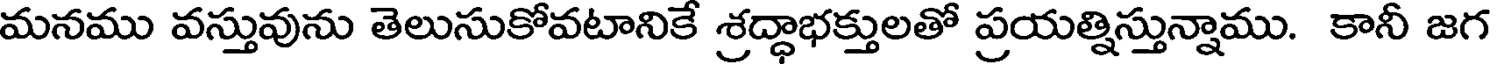
మనము వస్తువును తెలుసుకోవటానికే శ్రద్ధాభక్తులతో ప్రయత్నిస్తున్నాము. కానీ జగ